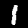
Digit: 1